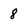
Character: 8